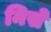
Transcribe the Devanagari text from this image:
निसे